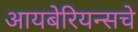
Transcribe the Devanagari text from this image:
आयबेरियन्सचे